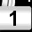
Digit: 1